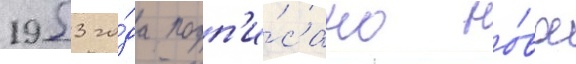
1953 го́да подп'и́сано но́вое